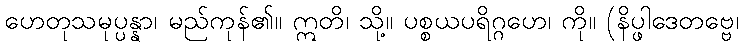
ဟေတုသမုပ္ပန္နာ၊ မည်ကုန်၏။ ဣတိ၊ သို့။ ပစ္စယပရိဂ္ဂဟေ၊ ကို။ (နိပ္ဖါဒေတဗ္ဗေ၊